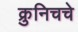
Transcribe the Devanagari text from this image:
क्रुनिचचे